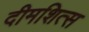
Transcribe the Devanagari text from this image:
दीमशित्स